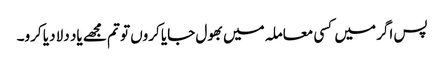
پس اگر میں کسی معاملہ میں بھول جایا کروں تو تم مجھے یاد دلا دیا کرو۔